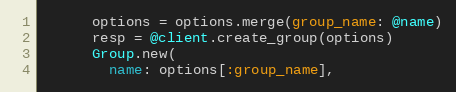
Language: Ruby
      options = options.merge(group_name: @name)
      resp = @client.create_group(options)
      Group.new(
        name: options[:group_name],